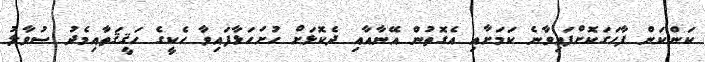
ކަންކަން ފާހަގަކޮށްފައިވާނެ ކަމަށާއި އެގޮތުން އޭނާއާއި ދެކޮޅަށް ހުށަހަޅާފައިވާ ހެކީގެ ހަޤީޤަތާއިމެދު ސުވާލު